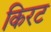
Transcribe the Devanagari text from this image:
किरट